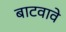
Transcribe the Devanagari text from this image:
बाटवावे